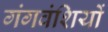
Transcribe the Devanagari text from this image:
गंगवंशियों